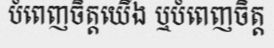
បំពេញចិត្តយើង ឬបំពេញចិត្ត